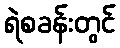
ရဲစခန်းတွင်